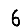
Digit: 6